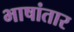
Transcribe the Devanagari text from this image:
भाषांतार